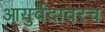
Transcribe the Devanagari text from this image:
आयुर्वेदावरच